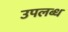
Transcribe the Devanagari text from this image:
उपलब्ध